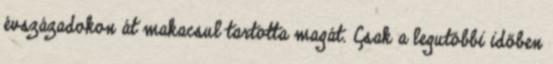
évszázadokon át makacsul tartotta magát. Csak a legutóbbi időben